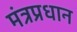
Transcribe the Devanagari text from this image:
मंत्रप्रधान